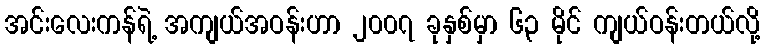
အင်းလေးကန်ရဲ့ အကျယ်အဝန်းဟာ ၂၀၀၇ ခုနှစ်မှာ ၆၃ မိုင် ကျယ်ဝန်းတယ်လို့